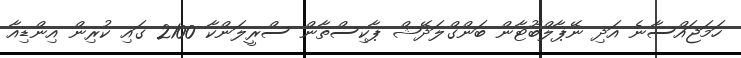
ހަމަޖައްސާނެ އަދި ނޭޕާލްބޫޓާން ބަންގްލަދޭޝް ޕާކިސްތާން ސްރީލަންކާ 2100 ގައި ކުރިން އިންޑިއާ